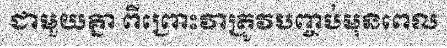
ជាមួយគ្នា ពីព្រោះវាត្រូវបញ្ចប់មុនពេល